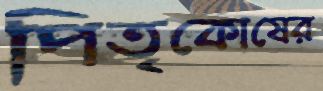
পিতৃকোষের